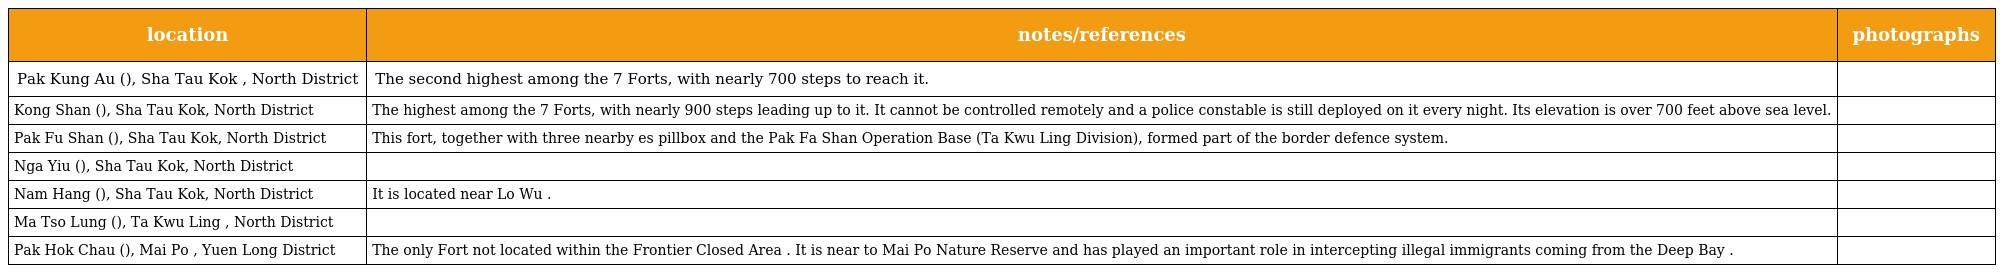
| location | notes/references | photographs |
 | --- | --- | --- |
 | Pak Kung Au (伯公坳), Sha Tau Kok , North District | The second highest among the 7 Forts, with nearly 700 steps to reach it. |  |
 | Kong Shan (礦山), Sha Tau Kok, North District | The highest among the 7 Forts, with nearly 900 steps leading up to it. It cannot be controlled remotely and a police constable is still deployed on it every night. Its elevation is over 700 feet above sea level. |  |
 | Pak Fu Shan (白虎山), Sha Tau Kok, North District | This fort, together with three nearby es pillbox and the Pak Fa Shan Operation Base (Ta Kwu Ling Division), formed part of the border defence system. |  |
 | Nga Yiu (瓦窰), Sha Tau Kok, North District |  |  |
 | Nam Hang (南坑), Sha Tau Kok, North District | It is located near Lo Wu . |  |
 | Ma Tso Lung (馬草壟), Ta Kwu Ling , North District |  |  |
 | Pak Hok Chau (白鶴洲), Mai Po , Yuen Long District | The only Fort not located within the Frontier Closed Area . It is near to Mai Po Nature Reserve and has played an important role in intercepting illegal immigrants coming from the Deep Bay . |  |